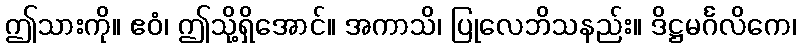
ဤသားကို။ ဧဝံ၊ ဤသို့ရှိအောင်။ အကာသိ၊ ပြုလေဘိသနည်း။ ဒိဋ္ဌမင်္ဂလိကေ၊